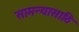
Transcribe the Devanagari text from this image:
सामन्यासाठि